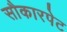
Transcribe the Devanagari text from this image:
सौकारपेट